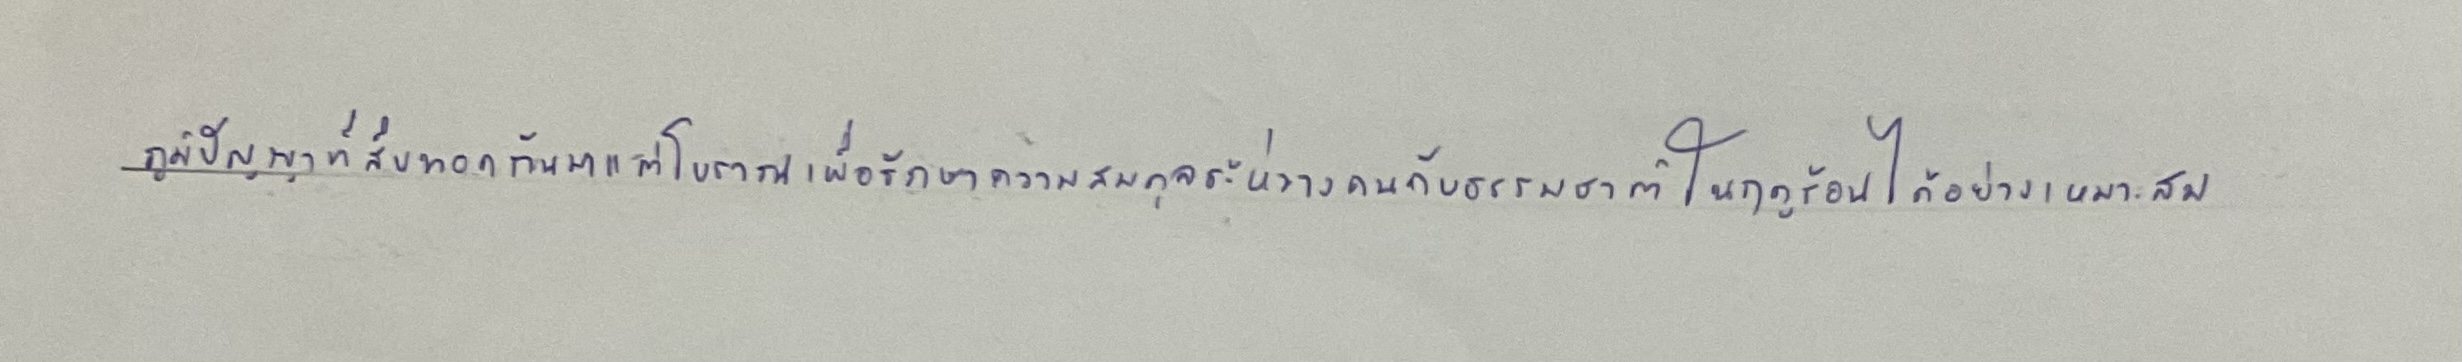
ภูมิปัญญาที่สืบทอดกันมาแต่โบราณเพื่อรักษาความสมดุลระหว่างคนกับธรรมชาติในฤดูร้อนได้อย่างเหมาะสม